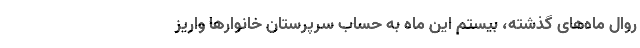
روال ماه‌های گذشته، بیستم این ماه به حساب سرپرستان خانوارها واریز